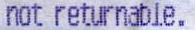
NOT RETURNABLE.